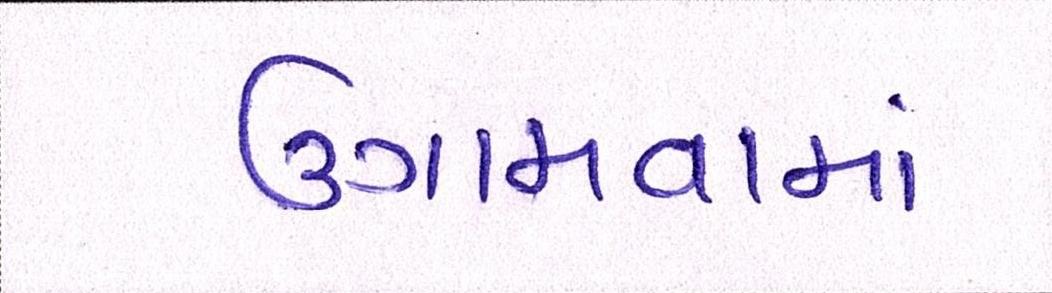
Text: ઉગામવામાં